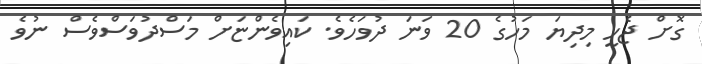
ގޮށް ޖެހީ މިދިޔަ މަހުގެ 20 ވަނަ ދުވަހެވެ. ކައިވެންޏަށް މަސްދުވަސްވެސް ނުވެ